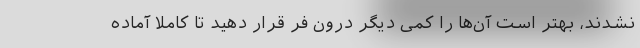
نشدند، بهتر است آن‌ها را کمی دیگر درون فر قرار دهید تا کاملا آماده